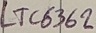
Text: LTC6362